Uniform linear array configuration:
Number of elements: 16
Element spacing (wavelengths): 1
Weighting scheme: hann
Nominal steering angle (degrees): -60
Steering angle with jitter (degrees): -59.991
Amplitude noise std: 0.05
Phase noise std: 0.05

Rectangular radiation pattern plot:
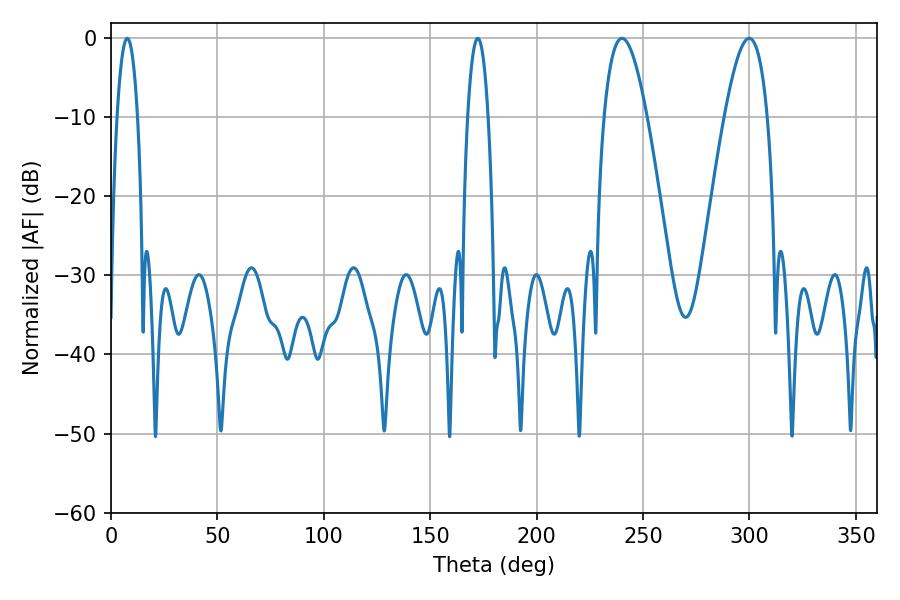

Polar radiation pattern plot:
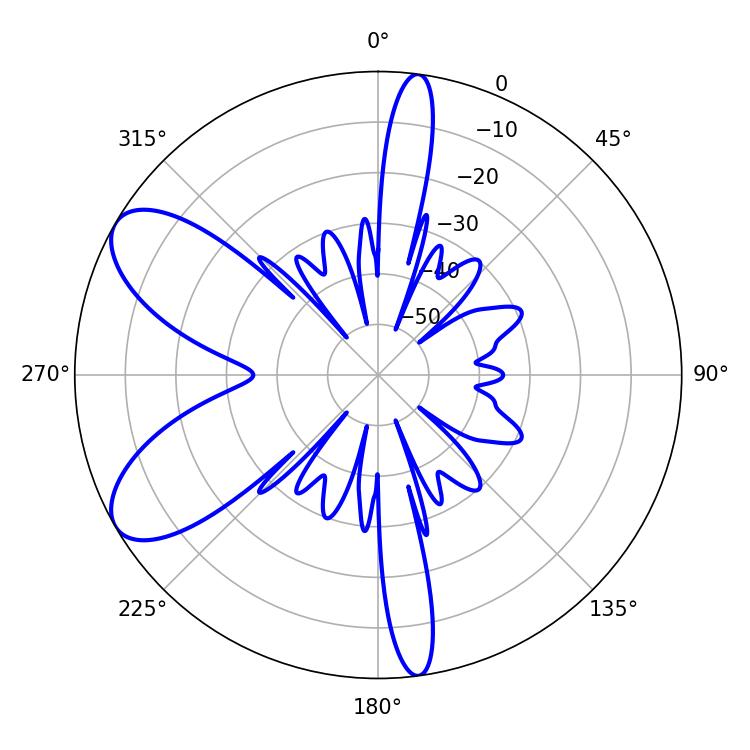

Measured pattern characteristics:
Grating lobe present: TRUE
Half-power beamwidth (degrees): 10.98
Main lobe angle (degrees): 240.12